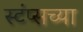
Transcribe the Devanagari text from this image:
स्टंप्सच्या